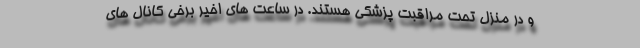
و در منزل تحت مراقبت پزشکی هستند. در ساعت های اخیر برخی کانال های